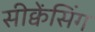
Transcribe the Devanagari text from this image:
सीक्वेंसिंग